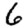
Digit: 6